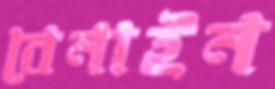
বেনাইন